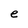
Character: e